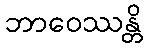
ဘာဝေဿန္တိ